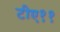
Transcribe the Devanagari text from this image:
टीए११